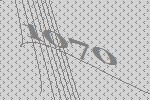
1070